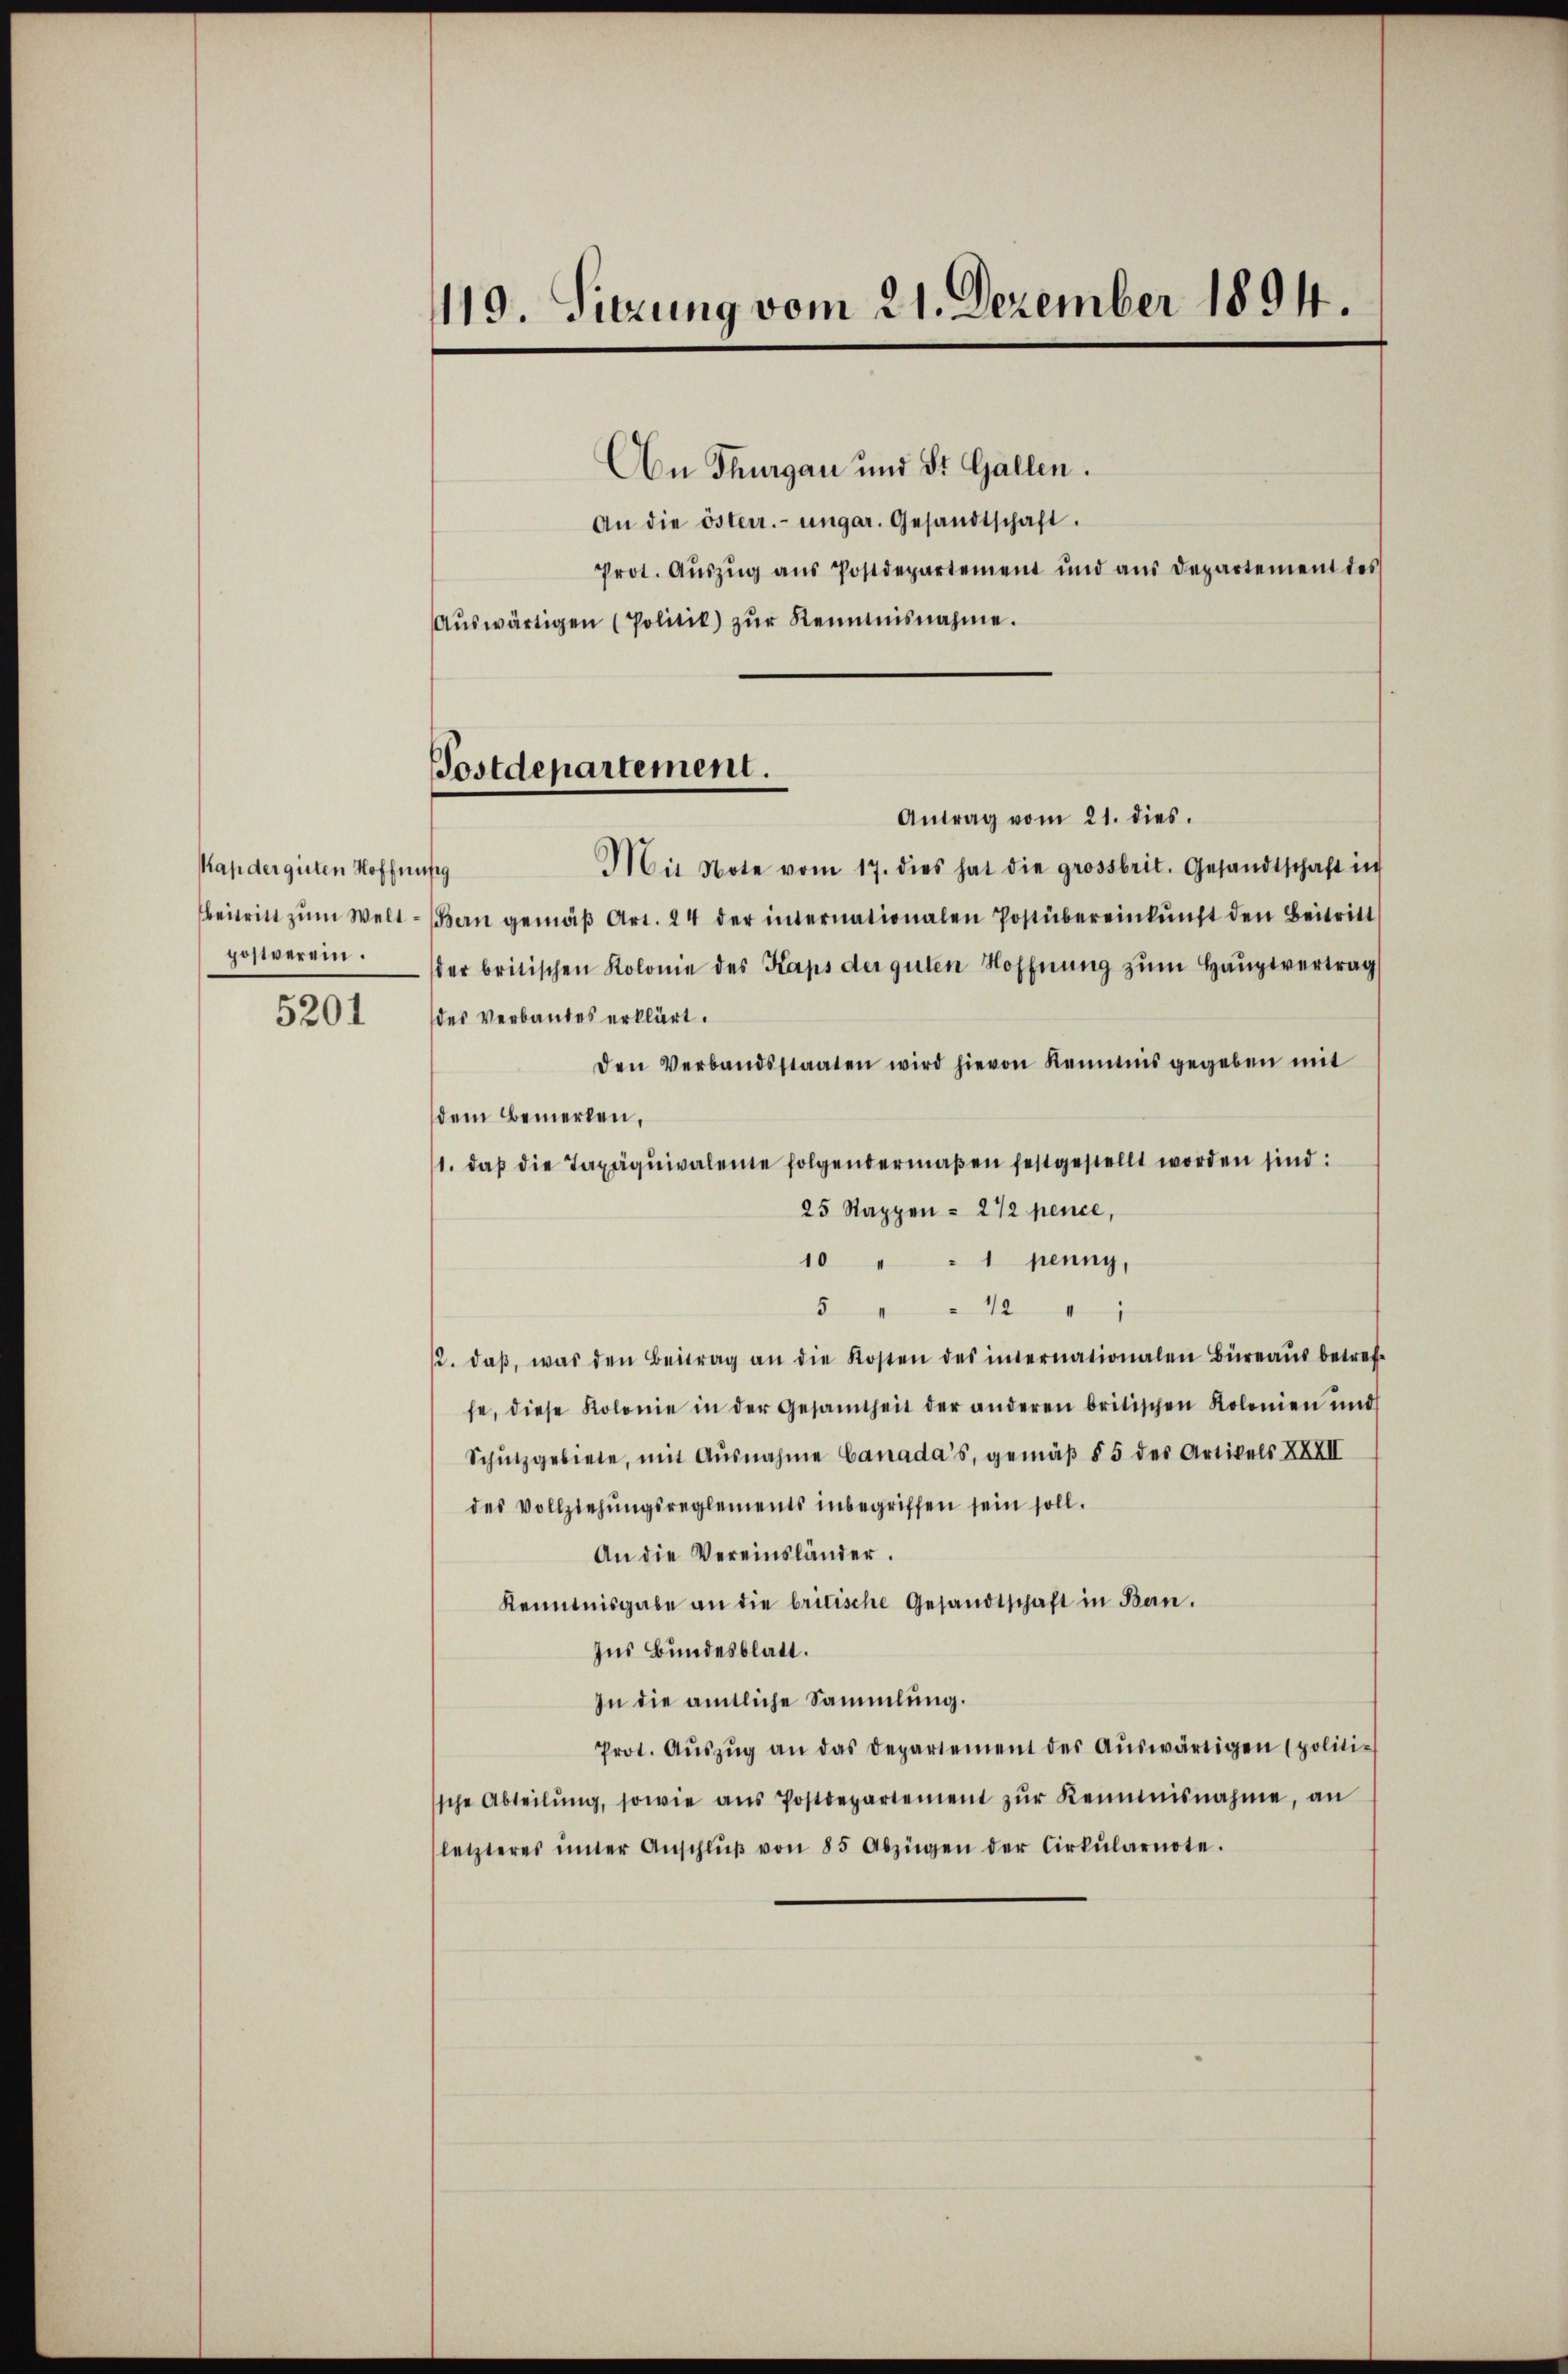
Kapderguten Hoffnis
Beitritt zum Weltpostverein.

5201

119. Sitzung vom 21. Dezember 1894.

ostdepartement.

An Thurgau und St. Gallen.
An die österr. ungar. Gesandtschaft.
Prot. Auszug aus Postdepartement und aus Departement des
Aŭswärtigen (Politik) zŭr Renntnisnahme.
Antrag vom 21. dies.
Mit Note vom 17. dies hat die grossbrit. Gesandtschaft in
19
Bern gemäβ Art. 24 der internationalen Postübereinkŭnft den Beitritt
der britischen Kolonie des Kaps der guten Hoffnŭng zŭm Haŭptvertrag
des Verbandes erklärt.
den Verbandsstaaten wird hievon Kenntnis gegeben mit
dem Bemerken,
1. daβ die Taxäqŭivalente folgendermaβen festgestellt worden sind:
25 Stappen = 272 pence,
10
 1 penny,
5
12
1
2. daβ, was den Beitrag an die Kosten des internationalen Büreaŭs betre
fe, diese Kolonie in der Gesamtheit der anderen britischen Kolonien und
Schutzgebiete, mit Ausnahme Canada’s, gemäß § 5 des Artikels XXXII
des Vollziehungsreglements inbegriffen sein soll.
An die Vereinsländer.
Kenntnisgabe an die britische Gesandtschaft in Ban.
Ins Bundesblatt.
In die amtliche Sammlung.
Prot. Aŭszŭg an das Departement des Aŭswärtigen (politi-
sche Abteilŭng, sowie ans Postdepartement zŭr Kenntnisnahme, an
letzteres ŭnter Anschlŭβ von 85 Abzügen der Cirkŭlarnote.